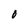
Character: O